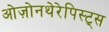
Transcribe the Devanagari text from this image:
ओज़ोनथेरेपिस्ट्स